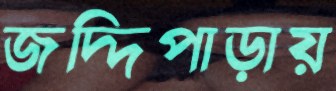
জদ্দিপাড়ায়